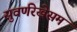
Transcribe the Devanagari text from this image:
सुवर्णरेखेसम